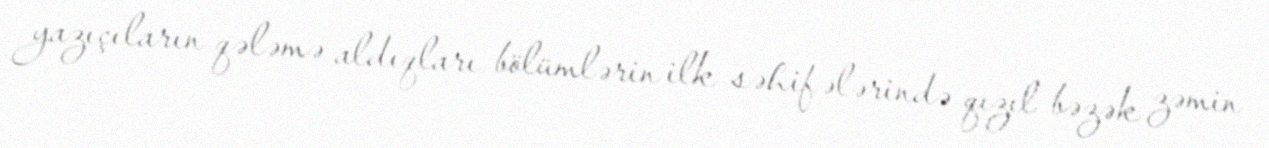
yazıçıların qələmə aldıqları bölümlərin ilk səhifələrində qızıl bəzək zəmin